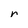
Character: r